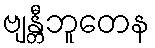
ဗျန္တီဘူတေန